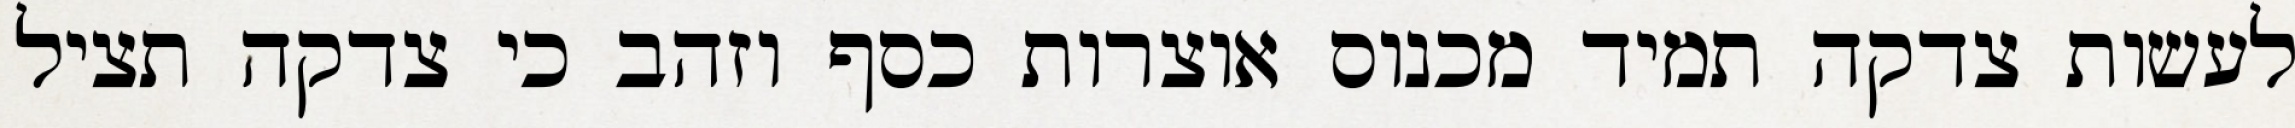
לעשות צדקה תמיד מכנוס אוצרות כסף וזהב כי צדקה תציל